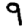
Digit: 9